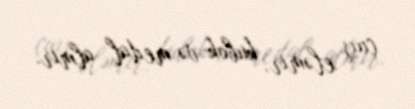
çıxış eləmir, kubok və medal almır.